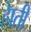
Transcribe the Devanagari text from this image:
हेाती